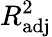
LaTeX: R_{\mathrm{adj}}^{2}